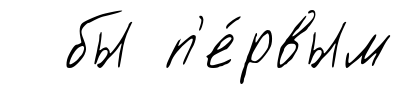
бы п'е́рвым